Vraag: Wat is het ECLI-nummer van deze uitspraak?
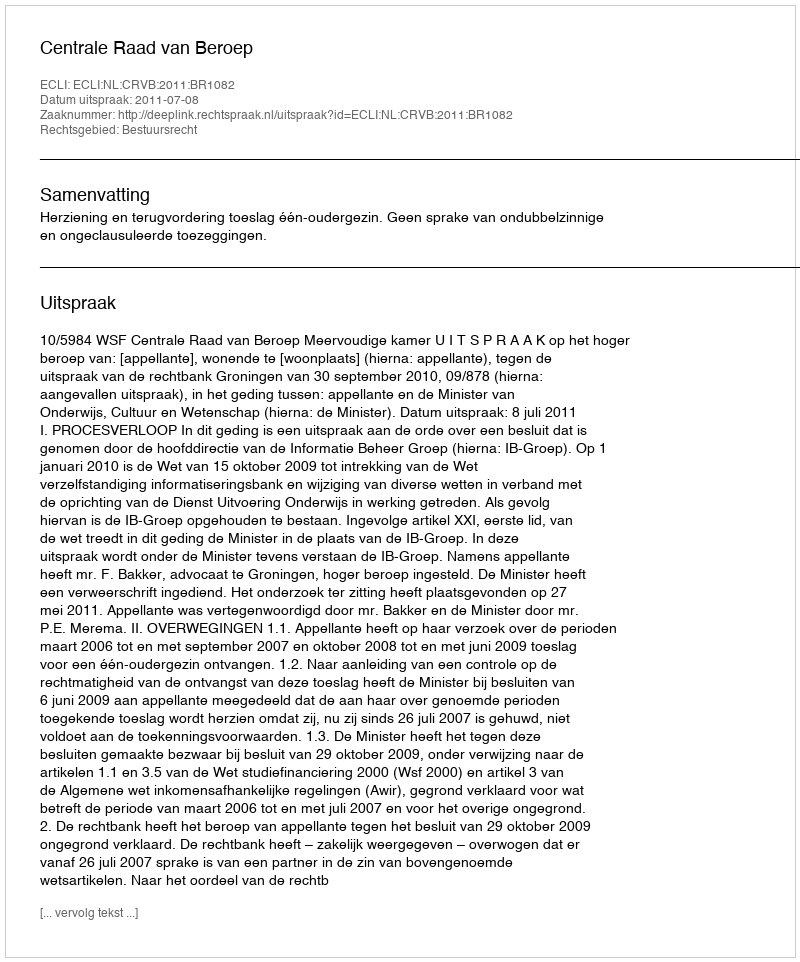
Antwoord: ECLI:NL:CRVB:2011:BR1082